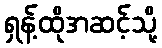
ရှန့်ထိုအဆင့်သို့